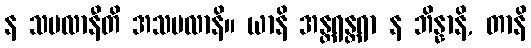
န သဗလာနီတိ အသဗလာနိ။ ယာနိ အန္တရန္တရာ န ဘိန္နာနိ, တာနိ